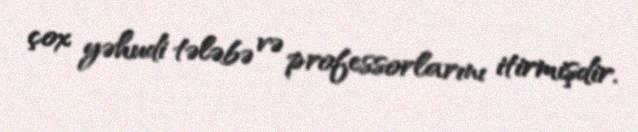
çox yəhudi tələbə və professorlarını itirmişdir.